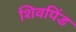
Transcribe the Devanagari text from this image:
शिवपिंड